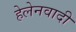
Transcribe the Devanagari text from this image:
हेलेनवादी